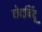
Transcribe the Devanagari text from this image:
छेदबिंदू